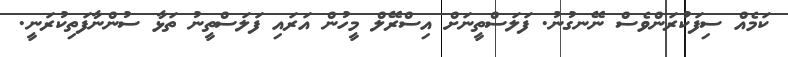
ކަމެއް ސިފަކުރަންވެސް ނޭނގުނު. ފަލަސްތީނަށް އިސްރޭލް މީހުން އަރައި ފަލަސްތީނު ތަޅާ ސުންނާފަތިކުރަނީ.